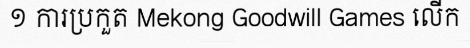
១ ការប្រកួត Mekong Goodwill Games លើក